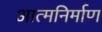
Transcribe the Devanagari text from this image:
आत्मनिर्माण